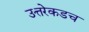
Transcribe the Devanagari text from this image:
उत्तरेकडच